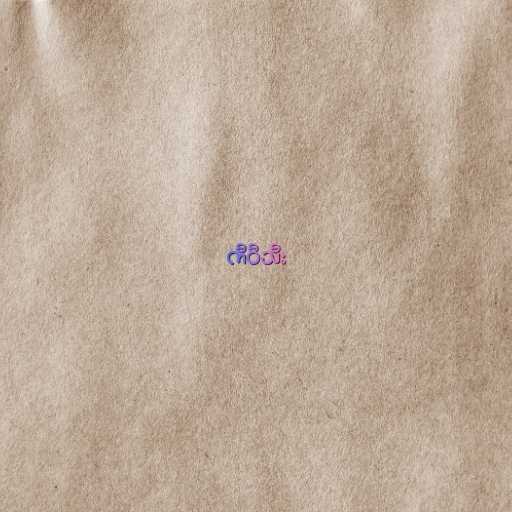
ကီဝီသီး